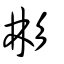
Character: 彬